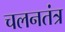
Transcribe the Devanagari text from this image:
चलनतंत्र